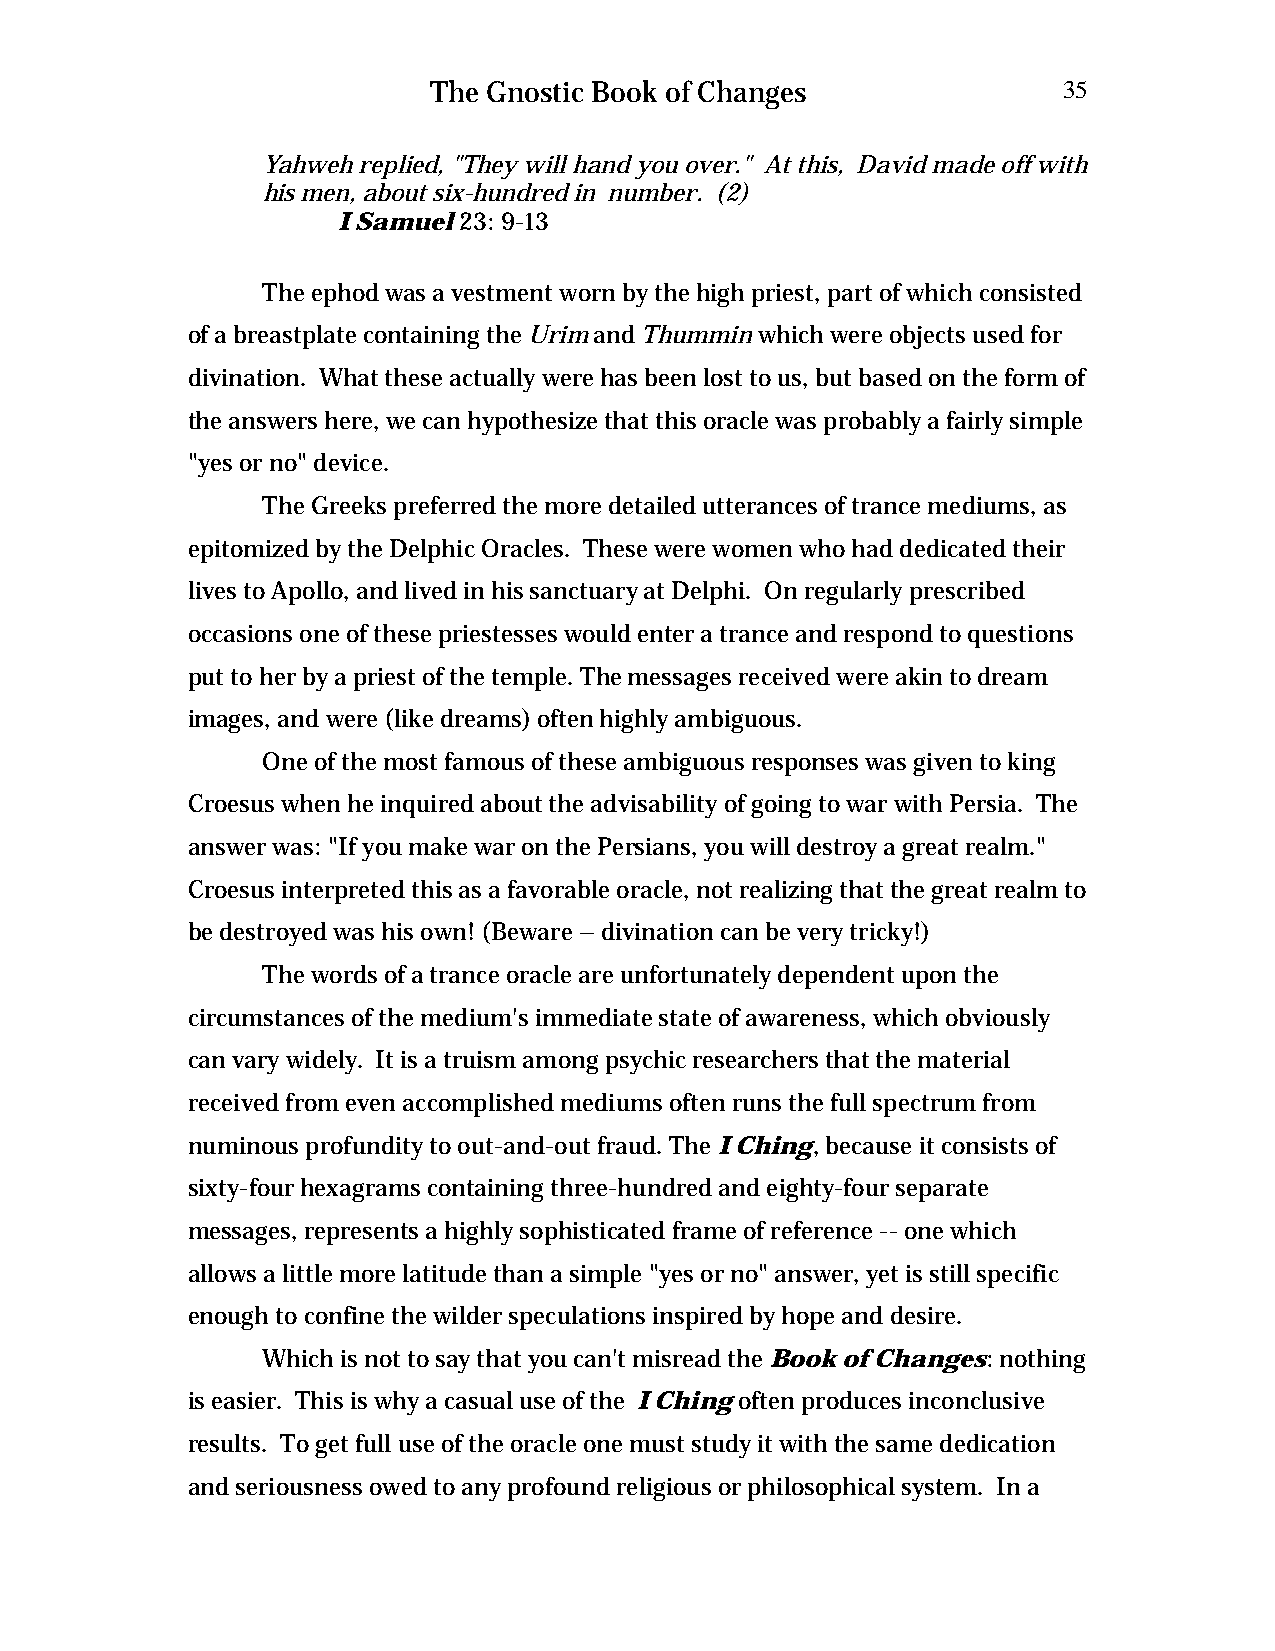
The Gnostic Book of Changes              35
 Yahweh replied, "They will hand you over." At this, David made off with
 his men, about six-hundred in number. (2)
 I Samuel 23: 9-13
 The ephod was a vestment worn by the high priest, part of which consisted
 of a breastplate containing the Urim and Thummin which were objects used for
 divination. What these actually were has been lost to us, but based on the form of
 the answers here, we can hypothesize that this oracle was probably a fairly simple
 "yes or no" device.
 The Greeks preferred the more detailed utterances of trance mediums, as
 epitomized by the Delphic Oracles. These were women who had dedicated their
 lives to Apollo, and lived in his sanctuary at Delphi. On regularly prescribed
 occasions one of these priestesses would enter a trance and respond to questions
 put to her by a priest of the temple. The messages received were akin to dream
 images, and were (like dreams) often highly ambiguous.
 One of the most famous of these ambiguous responses was given to king
 Croesus when he inquired about the advisability of going to war with Persia. The
 answer was: "If you make war on the Persians, you will destroy a great realm."
 Croesus interpreted this as a favorable oracle, not realizing that the great realm to
 be destroyed was his own! (Beware – divination can be very tricky!)
 The words of a trance oracle are unfortunately dependent upon the
 circumstances of the medium's immediate state of awareness, which obviously
 can vary widely. It is a truism among psychic researchers that the material
 received from even accomplished mediums often runs the full spectrum from
 numinous profundity to out-and-out fraud. The I Ching, because it consists of
 sixty-four hexagrams containing three-hundred and eighty-four separate
 messages, represents a highly sophisticated frame of reference -- one which
 allows a little more latitude than a simple "yes or no" answer, yet is still specific
 enough to confine the wilder speculations inspired by hope and desire.
 Which is not to say that you can't misread the Book of Changes: nothing
 is easier. This is why a casual use of the I Ching often produces inconclusive
 results. To get full use of the oracle one must study it with the same dedication
 and seriousness owed to any profound religious or philosophical system. In a